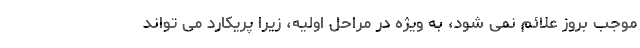
موجب بروز علائم نمی شود، به ویژه در مراحل اولیه، زیرا پریکارد می تواند